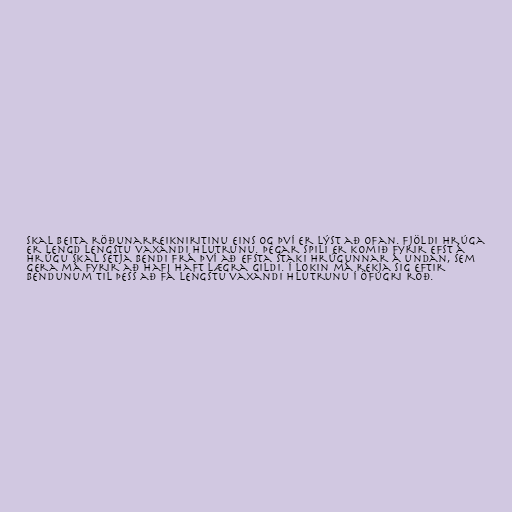
skal beita röðunarreikniritinu eins og því er lýst að ofan. Fjöldi hrúga
er lengd lengstu vaxandi hlutrunu. Þegar spili er komið fyrir efst á
hrúgu skal setja bendi frá því að efsta staki hrúgunnar á undan, sem
gera má fyrir að hafi haft lægra gildi. Í lokin má rekja sig eftir
bendunum til þess að fá lengstu vaxandi hlutrunu í öfugri röð.